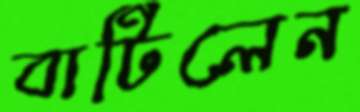
বাটিলেন